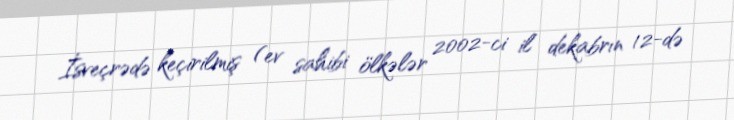
İsveçrədə keçirilmiş (ev sahibi ölkələr 2002-ci il dekabrın 12-də